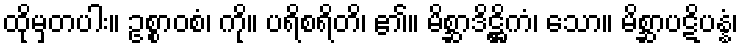
ထိုမှတပါး။ ဥစ္စာဝစံ၊ ကို။ ပရိစရိတိ၊ ၏။ မိစ္ဆာဒိဋ္ဌိကံ၊ သော။ မိစ္ဆာပဋိပန္နံ၊